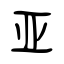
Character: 亚